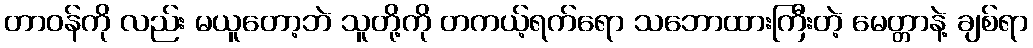
တာဝန်ကို လည်း မယူတော့ဘဲ သူတို့ကို တကယ့်ရက်ရော သဘောထားကြီးတဲ့ မေတ္တာနဲ့ ချစ်ရာ